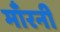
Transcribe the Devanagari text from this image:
माँरनी